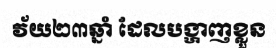
វ័យ២៣ឆ្នាំ ដែលបង្ហាញខ្លួន